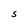
Character: S